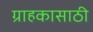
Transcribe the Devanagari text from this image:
ग्राहकासाठी